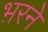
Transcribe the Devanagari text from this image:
भ़रने